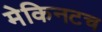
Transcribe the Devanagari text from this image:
मेकिनटच